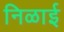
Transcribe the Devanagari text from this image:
निळाई